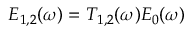
E _ { 1 , 2 } ( \omega ) = T _ { 1 , 2 } ( \omega ) E _ { 0 } ( \omega )